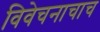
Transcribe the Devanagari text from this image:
विवेचनाचाच